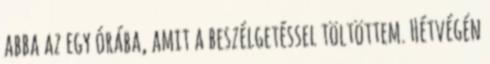
abba az egy órába, amit a beszélgetéssel töltöttem. Hétvégén